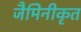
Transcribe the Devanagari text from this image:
जैमिनीकृत